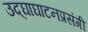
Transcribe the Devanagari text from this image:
उद्‌घाघाटनप्रसंगी